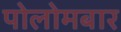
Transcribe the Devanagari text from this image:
पोलोमबार